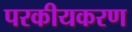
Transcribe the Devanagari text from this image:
परकीयकरण